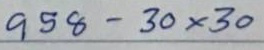
958 - 30 x 30